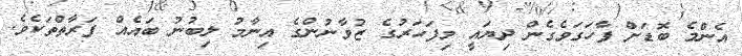
އެންމެ ބޮޑަށް ފާހަގަވެގެން ދިޔައީ މިފަހަރުގެ ޒުވާނުންގެ އިނާމު ލިބުނު ބައެއް ފަރާތްތަކެވެ.